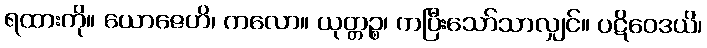
ရထားကို။ ယောဇေဟိ၊ ကလော။ ယုတ္တဉ္စ၊ ကပြီးသော်သာလျှင်။ ပဋိဝေဒယိ၊